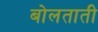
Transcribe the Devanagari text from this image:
बोलताती